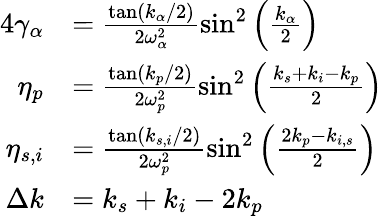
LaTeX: \begin{array}{rl}{{4}\gamma_{\alpha}}&{=\frac{\tan(k_{\alpha}/2)}{2\omega_{\alpha}^{2}}\sin^{2}\left(\frac{k_{\alpha}}{2}\right)}\\ {\eta_{p}}&{=\frac{\tan(k_{p}/2)}{2\omega_{p}^{2}}\sin^{2}\left(\frac{k_{s}+k_{i}-k_{p}}{2}\right)}\\ {\eta_{s,i}}&{=\frac{\tan(k_{s,i}/2)}{2\omega_{p}^{2}}\sin^{2}\left(\frac{2k_{p}-k_{i,s}}{2}\right)}\\ {\Delta k}&{=k_{s}+k_{i}-2k_{p}}\end{array}